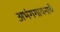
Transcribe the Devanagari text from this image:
अभंगगायनाचे